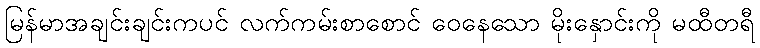
မြန်မာအချင်းချင်းကပင် လက်ကမ်းစာစောင် ဝေနေသော မိုးနှောင်းကို မထီတရီ